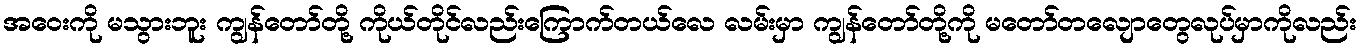
အဝေးကို မသွားဘူး ကျွန်တော်တို့ ကိုယ်တိုင်လည်းကြောက်တယ်လေ လမ်းမှာ ကျွန်တော်တို့ကို မတော်တလျောတွေလုပ်မှာကိုလည်း